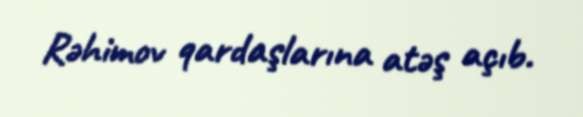
Rəhimov qardaşlarına atəş açıb.